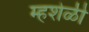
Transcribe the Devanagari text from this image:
म्हशेळी